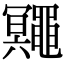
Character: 鼆